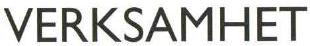
VERKSAMHET